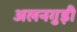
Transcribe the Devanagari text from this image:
अलनगुड़ी